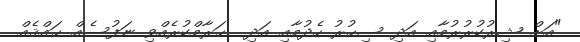
"އަށް ޝިރުކުރުރުމާއި އަދި ސިޙުރު ހެދުމާއި އަދި  ޙަރާމްކުރެއްވި ނަފުސެއް ޙައްޤެއް